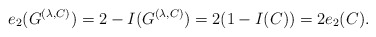
\begin{align*} e_2(G^{(\lambda,C)})=2-I(G^{(\lambda,C)}) =2(1-I(C))=2e_2(C).\end{align*}